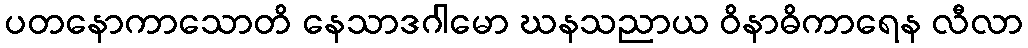
ပတနောကာသောတိ နေသာဒဂါမော ဃနသညာယ ဝိနာဓိကာရေန လီလာ